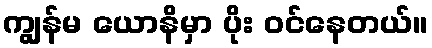
ကျွန်မ ယောနိမှာ ပိုး ဝင်နေတယ်။